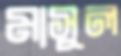
মাসুল